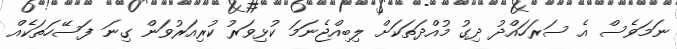
ނަމަވެސް އެ ސަރަހައްދު ދިގު މުއްދަތަކަށް ލިބިއްޖެނަމަ ކުޅިވަރު ކުރިއަރުވަން ގިނަ ފަސޭހަތަކެއް